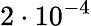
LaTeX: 2\cdot 10^{-4}